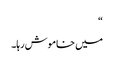
“
میں خاموش رہا۔